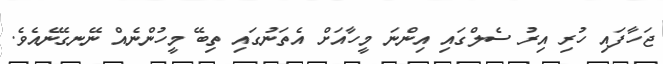
ޖަހާފައި ހުރި އިރު ސެލްގައި އިންނަ މީހާއަށް އެތަނުގައި ތިބޭ މީހުންނެއް ނޭނގޭނެއެވެ.